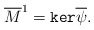
\begin{align*}\overline M^1=\texttt{ker}\overline\psi.\end{align*}